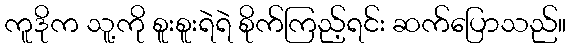
ကူဒိုက သူ့ကို စူးစူးရဲရဲ စိုက်ကြည့်ရင်း ဆက်ပြောသည်။